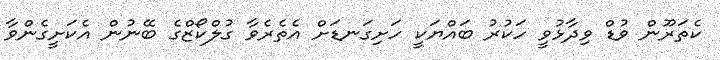
ކެތަރޫން ވުޑް ވިދާޅުވީ ހަކުރު ބައްޔަކީ ހަށިގަނޑަށް އެތެރެވާ ގުލްކޯޒްގެ ބޭނުން އެކަށީގެންވާ